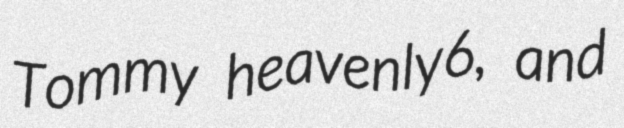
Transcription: Tommy heavenly6, and